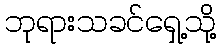
ဘုရားသခင်ရှေ့သို့